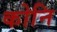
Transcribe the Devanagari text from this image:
कोनि